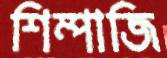
শিম্পাজি